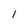
Character: 1